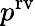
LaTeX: p^{\mathrm{{rv}}}